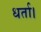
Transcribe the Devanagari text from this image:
धर्ता।